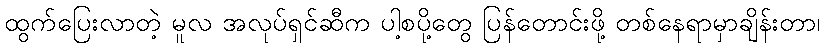
ထွက်ပြေးလာတဲ့ မူလ အလုပ်ရှင်ဆီက ပါ့စပို့တွေ ပြန်တောင်းဖို့ တစ်နေရာမှာချိန်းတာ၊